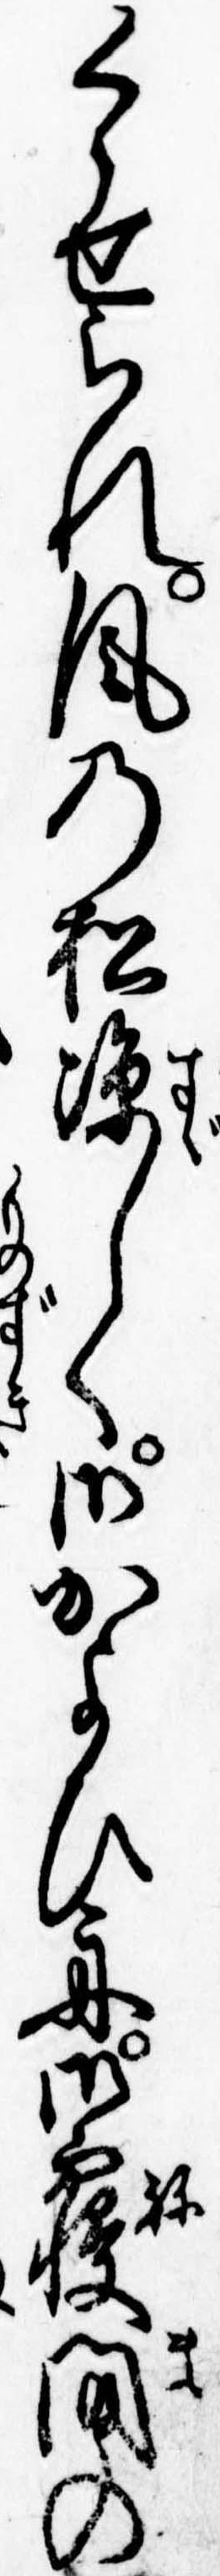
くらせられ風の松涼しく御かよひ舟御寝間の